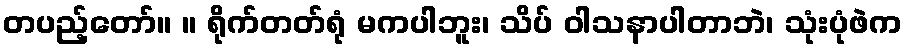
တပည့်တော်။ ။ ရိုက်တတ်ရုံ မကပါဘူး၊ သိပ် ဝါသနာပါတာဘဲ၊ သုံးပုံဖဲက